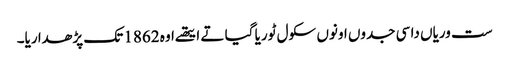
ست وریاں دا سی جدوں اونوں سکول ٹوریا گیا تے ایتھے اوہ 1862 تک پڑھدا ریا۔